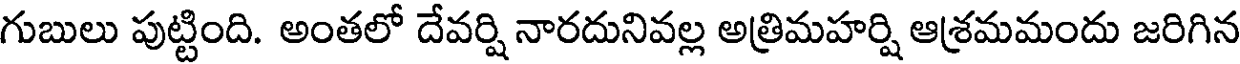
గుబులు పుట్టింది. అంతలో దేవర్షి నారదునివల్ల అత్రిమహర్షి ఆశ్రమమందు జరిగిన